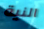
النية